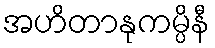
အဟိတာနုကမ္ပိနီ